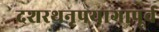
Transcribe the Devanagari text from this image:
दशरथनृपयागापूर्व